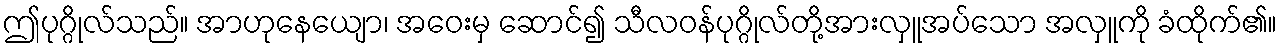
ဤပုဂ္ဂိုလ်သည်။ အာဟုနေယျော၊ အဝေးမှ ဆောင်၍ သီလဝန်ပုဂ္ဂိုလ်တို့အားလှူအပ်သော အလှူကို ခံထိုက်၏။